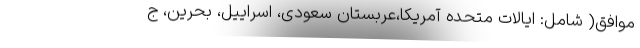
موافق( شامل: ایالات متحده آمریکا،عربستان سعودی، اسراییل، بحرین، ج